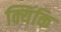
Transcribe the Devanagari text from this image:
क्यिंकि